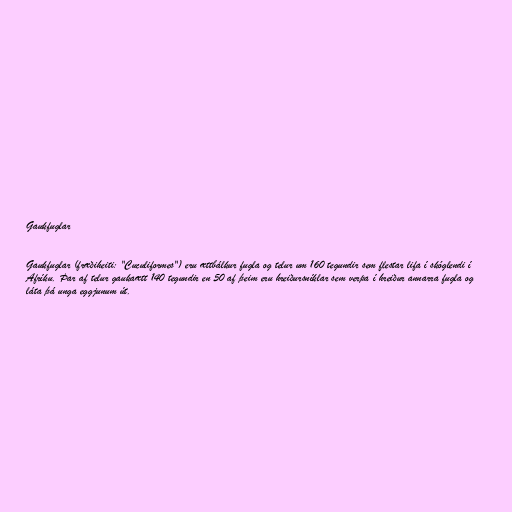
Gaukfuglar

Gaukfuglar (fræðiheiti: "Cuculiformes") eru ættbálkur fugla og telur um 160 tegundir sem flestar lifa í skóglendi í
Afríku. Þar af telur gaukaætt 140 tegundir en 50 af þeim eru hreiðursníklar sem verpa í hreiður annarra fugla og
láta þá unga eggjunum út.